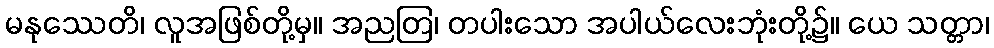
မနုဿေတိ၊ လူအဖြစ်တို့မှ။ အညတြ၊ တပါးသော အပါယ်လေးဘုံးတို့၌။ ယေ သတ္တာ၊